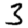
Digit: 3